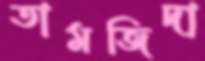
তামজিদা